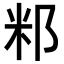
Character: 𥸬